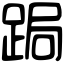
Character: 跼